Report of the Indian Hemp Drugs Commission, 1894-1895 - Volume VI
Year: 1894
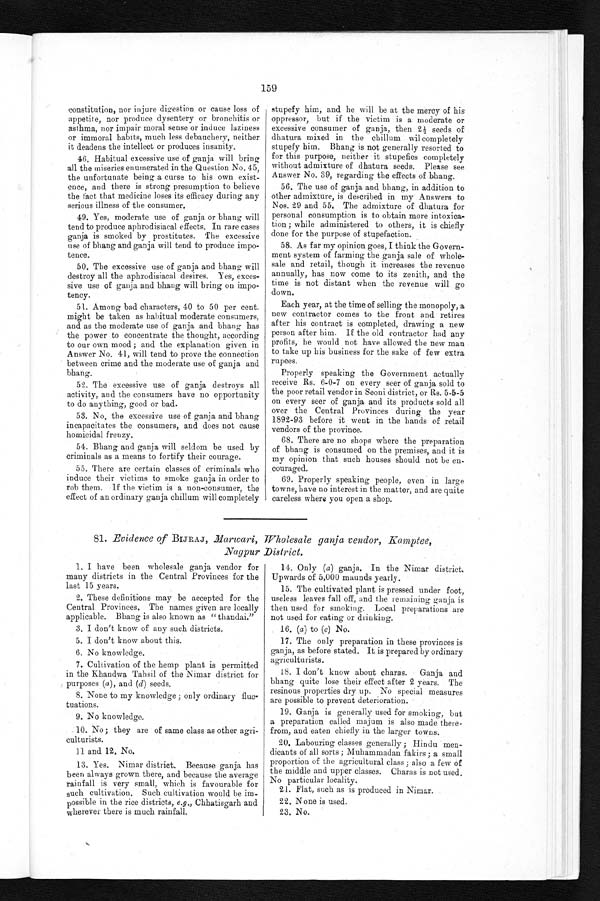
159
constitution, nor injure digestion or cause loss of
appetite, nor produce dysentery or bronchitis or
asthma, nor impair moral sense or induce laziness
or immoral habits, much less debauchery, neither
it deadens the intellect or produces insanity.
46. Habitual excessive use of ganja will bring
all the miseries enumerated in the Question No. 45,
the unfortunate being a curse to his own exis
t -
ence, and there is strong presumption to believe
the fact that medicine loses its efficacy during any
serious illness of the consumer.
49. Yes, moderate use of ganja or bhang will
tend to produce aphrodisiacal effects. In rare cases
ganja is smoked by prostitutes. The excessive
use of bhang and ganja will tend to produce impo
-
tence.
50. The excessive use of ganja and bhang will
destroy all the aphrodisiacal desires. Yes, exces
-
sive use of ganja and bhang will bring on impo
- t e n c y .
51. Among bad characters, 40 to 50 per cent
might be taken as habitual moderate consumers,
and as the moderate use of ganja and bhang has
t h e p o w e r t o c o n c e n t r a t e t h e t h o u g h t , a c c o r d i n g
to our own mood ; and the explanation given in
Answer No. 41, will tend to prove the connection
between crime and the moderate use of ganja and
bhang.
52. The excessive use of ganja destroys all
activity, and the consumers have no opportunity
to do anything, good or bad.
53. No, the excessive use of ganja and bhang
incapacitates the consumers, and does not cause
homicidal frenzy.
54. Bhang and ganja will seldom be used by
criminals as a means to fortify their courage.
55. There are certain classes of criminals who
induce their victims to smoke ganja in order to
rob them. If the victim is a non-consumer, the
effect of an ordinary ganja chillum will completely
stupefy him, and he will be at the mercy of his
oppressor, but if the victim is a moderate or
excessive consumer of ganja, then 2½ seeds of
dhatura mixed in the chillum toil completely
stupefy him. Bhang is not generally resorted to
for this purpose, neither it stupefies completely
without admixture of dhatura seeds. Please see
Answer No. 39, regarding the effects of bhang.
56. The use of ganja and bhang, in addition to
other admixture, is described in my Answers to
Nos. 29 and 55. The admixture of dhatura for
personal consumption is to obtain more intoxica
-
tion ; while administered to others, it is chiefly
done for the purpose of stupefaction.
58. As far my opinion goes, I think the Govern
-
ment system of farming the ganja sale of whole-
sale and retail, though it increases the revenue
annually, has now come to its zenith, and the
time is not distant when the revenue will go
down.
Each year, at the time of selling the monopoly, a
new contractor comes to the front and retires
after his contract is completed, drawing a new
person after him. If the old contractor had any
profits, he would not have allowed the new man
to take up his business for the sake of few extra
rupees.
Properly speaking the Government actually
receive Rs. 6-0-7 on every seer of ganja sold to
the poor retail vendor in Seoni district, or Rs. 5-5-5
on every seer of ganja and its products sold all
over the Central Provinces during the year
1892-93 before it went in the hands of retail
vendors of the province.
68. There are no shops where the preparation
of bhang is consumed on the premises, and it is
my opinion that such houses should not be en
-
couraged.
69. Properly speaking people, even in large
towns, have no interest in the matter, and are quite
careless where you open a shop.
81. Evidence of BIJRAJ, Marwari, Wholesale ganja vendor, Kamptee,
Nagpur District.
1.
I have been wholesale ganja vendor for
many districts in the Central Provinces for the
last 15 years.
2. These definitions may be accepted for the
Central Provinces. The names given are locally
applicable. Bhang is also known as "thandai."
3. I don't know of any such districts.
5. I don't know about this.
6. No knowledge.
7. Cultivation of the hemp plant is permitted
in the Khandwa Tahsil of the Nimar district for
purposes (a ), and ( d ) seeds.
8. None to my knowledge ; only ordinary fluc
-
tuations.
9. No knowledge.
10. No; they are of same class as other agri
-
culturists.
1 1 a n d 1 2 , N o .
13. Yes. Nimar district. Because ganja has
been always grown there, and because the average
rainfall is very small, which is favourable for
such cultivation. Such cultivation would be im
-
possible in the rice districts, e.g., Chhatisgarh and
wherever there is much rainfall.
14. Only ( a ) ganja. In the Nimar district.
Upwards of 5,000 maunds yearly.
15. The cultivated plant is pressed under foot,
useless leaves fall off, and the remaining ganja is
then used for smoking. Local preparations are
not used for eating or drinking.
16. ( a ) to ( c) No.
17. The only preparation in these provinces is
ganja, as before stated. It is prepared by ordinary
agriculturists.
18. I don't know about charas. Ganja and
bhang quite lose their effect after 2 years. The
resinous properties dry up. No special measures
are possible to prevent deterioration.
19. Ganja is generally used for smoking, but
a preparation called majum is also made there
-
from, and eaten chiefly in the larger towns.
20. Labouring classes generally ; Hindu men
-
dicants of all sorts; Muhammadan fakirs ; a small
proportion of the agricultural class ; also a few of
the middle and upper classes. Charas is not used.
No particular locality.
21. Flat, such as is produced in Nimar.
22. None is used.
23. No.